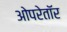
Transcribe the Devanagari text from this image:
ओपरेतॉर